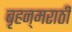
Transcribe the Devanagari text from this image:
बृहन्‌मराठी